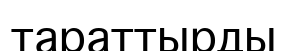
тараттырды